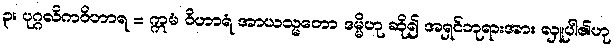
၃။ ပုဂ္ဂလိကဝိဟာရ = ဣမံ ဝိဟာရံ အာယသ္မတော ဒမ္မိဟု ဆို၍ အရှင်ဘုရားအား လှူပါ၏ဟု